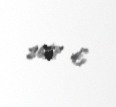
2657 €